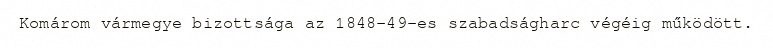
Komárom vármegye bizottsága az 1848-49-es szabadságharc végéig működött.